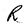
Character: R